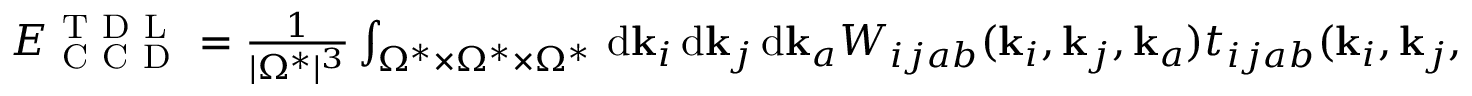
\begin{array} { r } { E _ { \mathrm { ~ C ~ C ~ D ~ } } ^ { \mathrm { ~ T ~ D ~ L ~ } } = \frac { 1 } { | \Omega ^ { * } | ^ { 3 } } \int _ { \Omega ^ { * } \times \Omega ^ { * } \times \Omega ^ { * } } \, \mathrm { d } \mathbf { k } _ { i } \, \mathrm { d } \mathbf { k } _ { j } \, \mathrm { d } \mathbf { k } _ { a } W _ { i j a b } ( \mathbf { k } _ { i } , \mathbf { k } _ { j } , \mathbf { k } _ { a } ) t _ { i j a b } ( \mathbf { k } _ { i } , \mathbf { k } _ { j } , \mathbf { k } _ { a } ) : = \mathcal { G } _ { \mathrm { ~ T ~ D ~ L ~ } } ( t _ { * } ) . } \end{array}